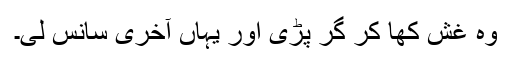
وہ غش کھا کر گر پڑی اور یہاں آخری سانس لی۔